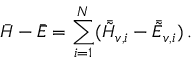
\bar { H } - \bar { E } = \sum _ { i = 1 } ^ { N } ( \bar { \tilde { H } } _ { v , i } - \bar { \tilde { E } } _ { v , i } ) \, .